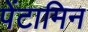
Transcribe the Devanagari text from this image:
पेंटामिन